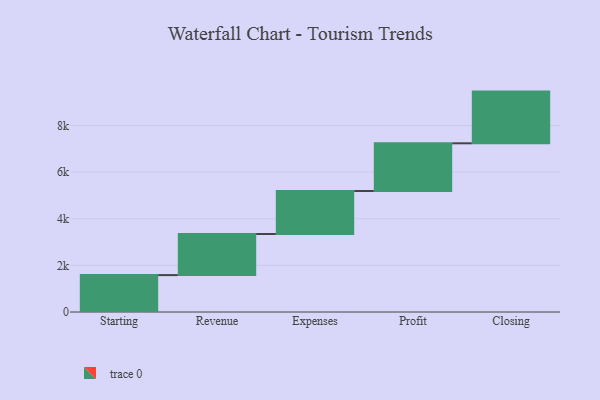
{"axis": {"x": "Step", "y": "Value"}, "legend": [""], "data": [{"x": "Starting", "y": 1583.0, "type": ""}, {"x": "Revenue", "y": 1763.0, "type": ""}, {"x": "Expenses", "y": 1844.0, "type": ""}, {"x": "Profit", "y": 2047.0, "type": ""}, {"x": "Closing", "y": 2218.0, "type": ""}]}